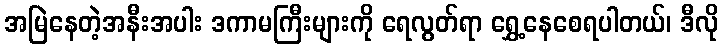
အမြဲနေတဲ့အနီးအပါး ဒကာမကြီးများကို ရေလွတ်ရာ ရွှေ့နေစေရပါတယ်၊ ဒီလို